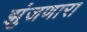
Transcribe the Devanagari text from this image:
झुंजणारा